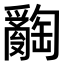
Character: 𤕅